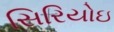
સિરિયોઇ